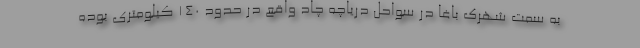
به سمت شهرک باغا در سواحل دریاچه چاد واقع در حدود ۱۴۰ کیلومتری بوده